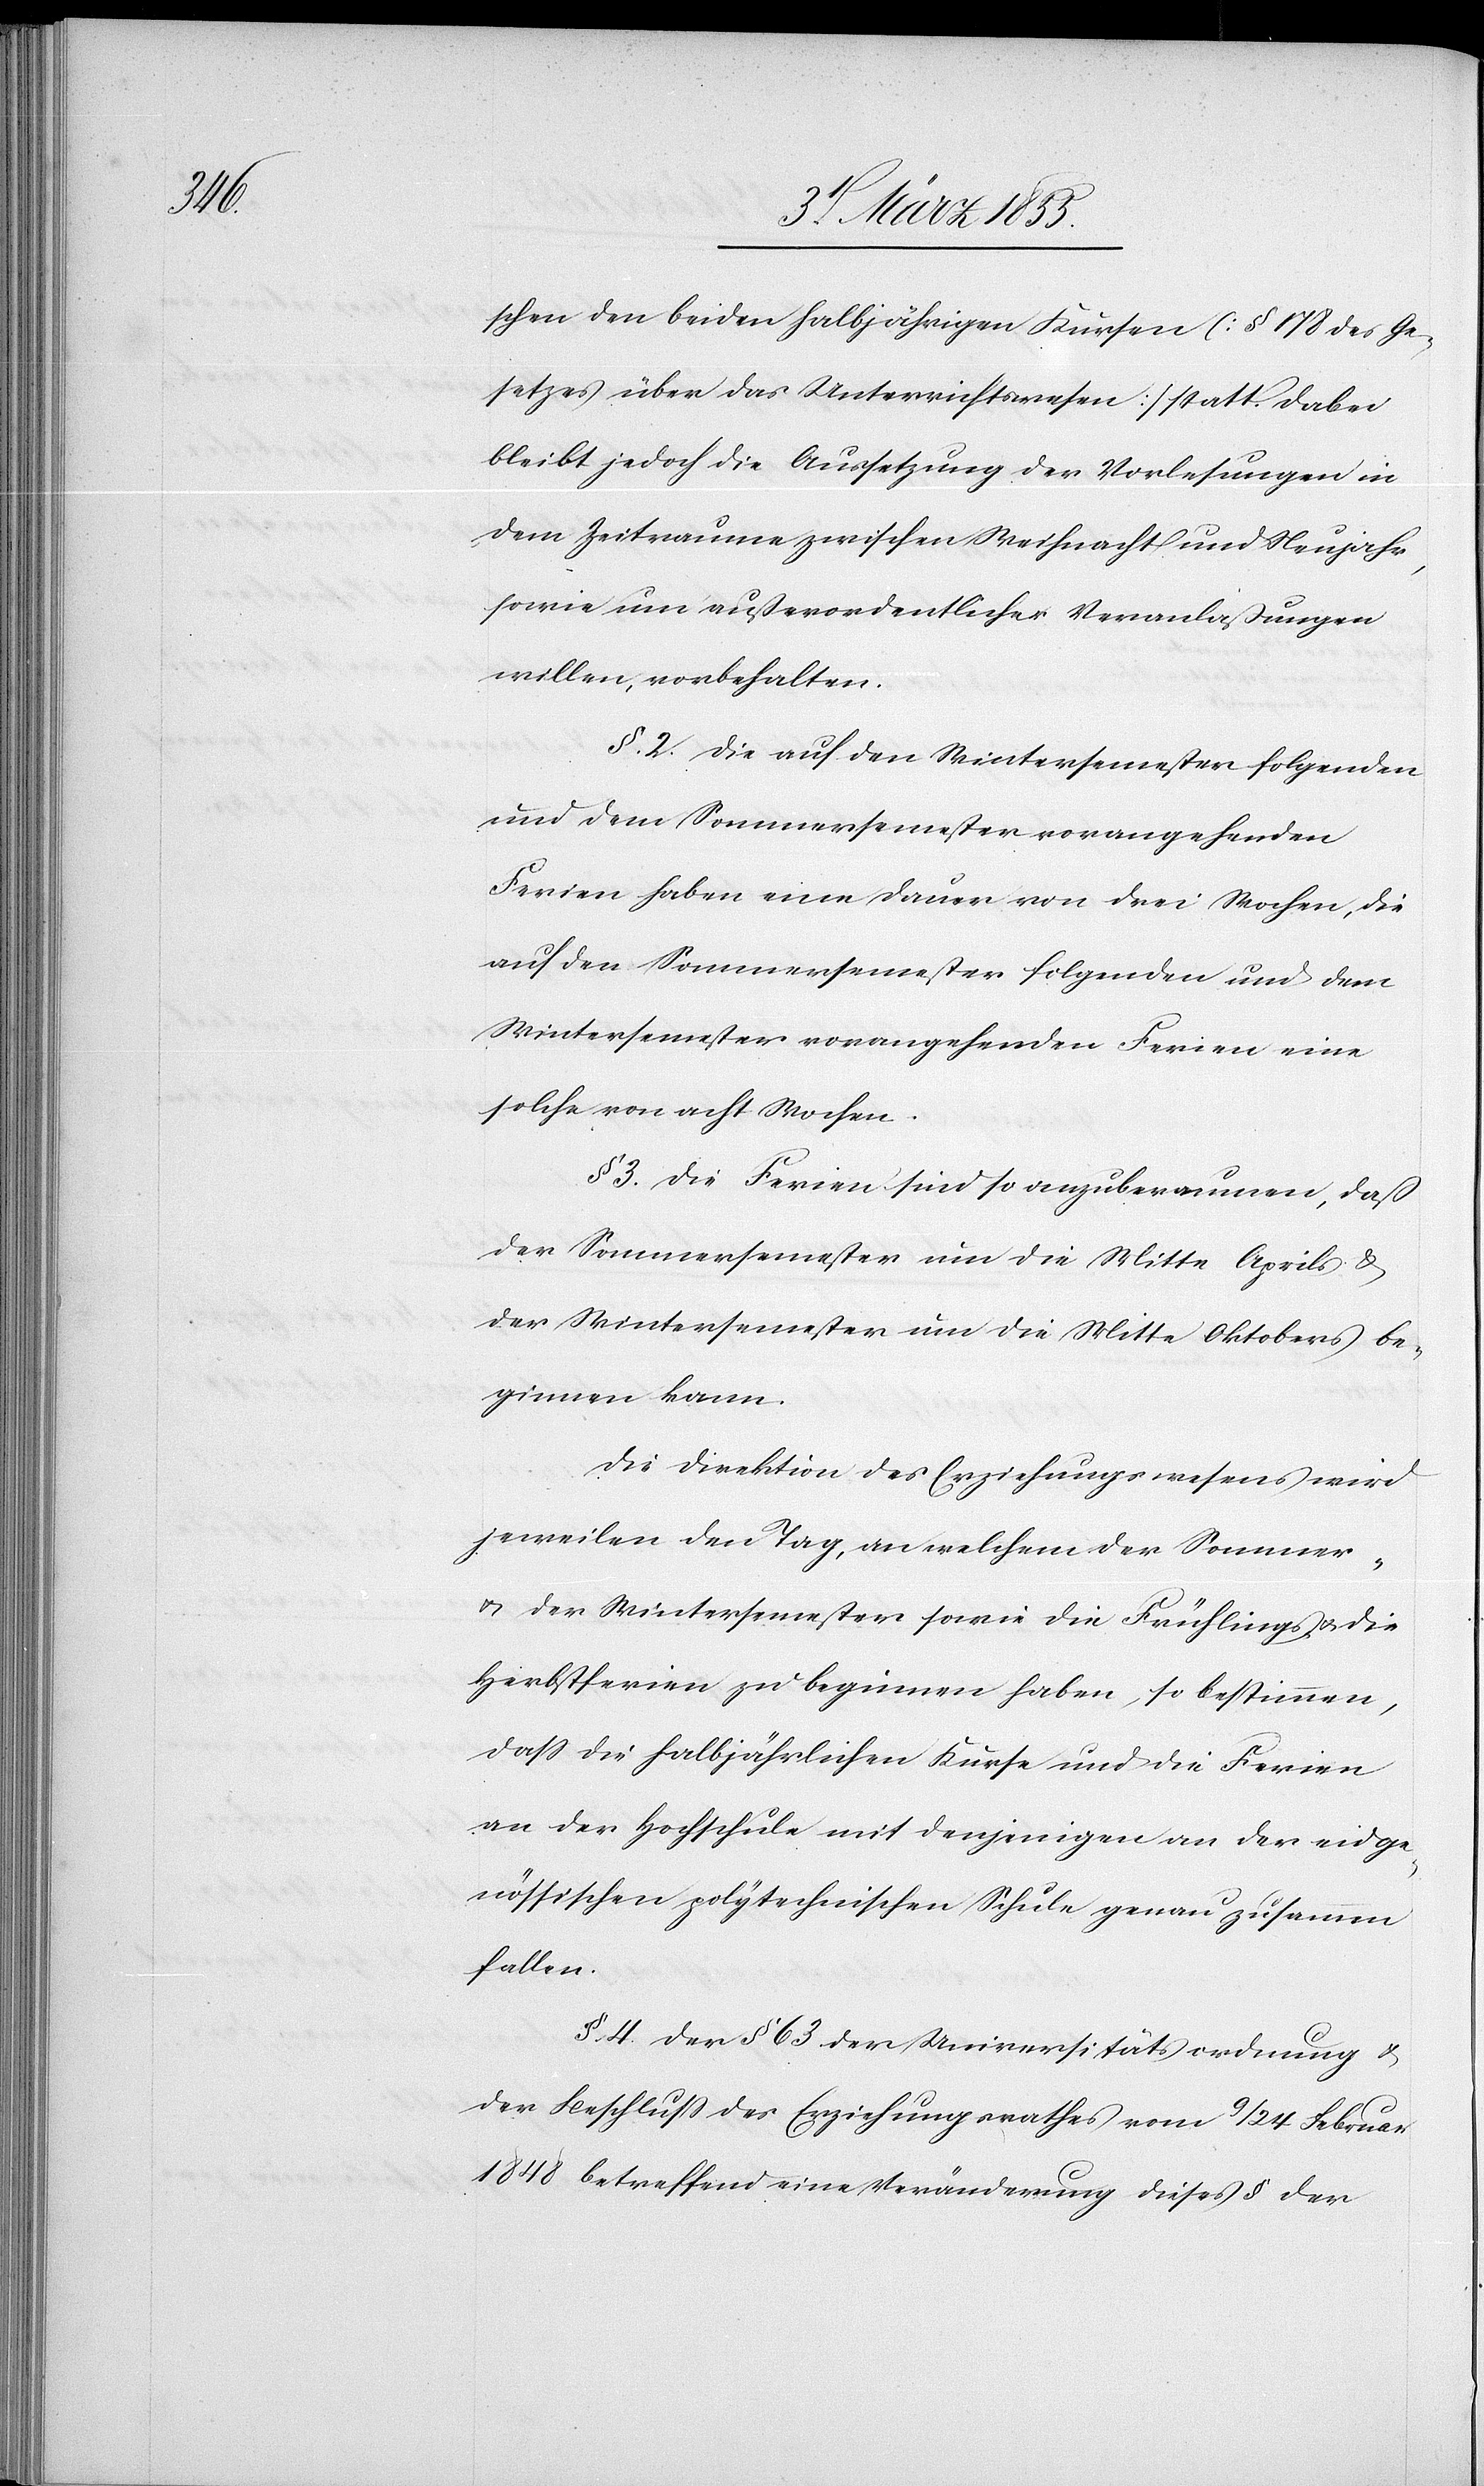
schen den beiden halbjährigen Kursen (§ 178 des Ge¬
setzes über das Unterrichtswesen) statt. Dabei
bleibt jedoch die Aussetzung der Vorlesungen in
dem Zeitraume zwischen Weihnacht und Neujahr,
sowie um außerordentlicher Veranlaßungen
willen, vorbehalten.
§. 2. Die auf den Wintersemester folgenden
und dem Sommersemester vorangehenden
Ferien haben eine Dauer von drei Wochen, die
auf den Sommersemester folgenden und dem
Wintersemester vorangehenden Ferien eine
solche von acht Wochen.
§ 3. Die Ferien sind so anzuberaumen, daß
der Sommersemester um die Mitte Aprils &
der Wintersemester um die Mitte Oktobers be¬
ginnen kann.
Die Direktion des Erziehungswesens wird
jeweilen den Tag, an welchem der Sommer-
& der Wintersemester sowie die Frühlings- & die
Herbstferien zu beginnen haben, so bestimmen,
dass die halbjährlichen Kurse und die Ferien
an der Hochschule mit denjenigen an der eidge¬
nössischen polytechnischen Schule genau zusammen
fallen.
§. 4. Der § 63 der Universitätsordnung &
der Beschluss des Erziehungsrathes vom 9 / 24 Februar
1848 betreffend eine Veränderung dieses § der